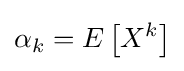
\alpha _{k}=E\left[X^{k}\right]